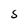
Character: S